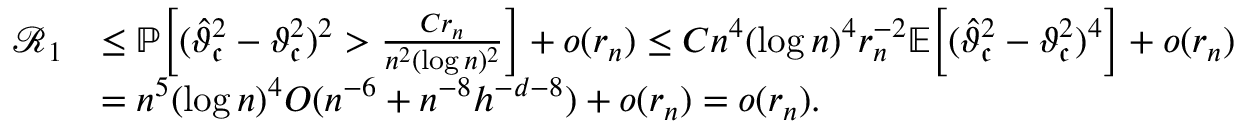
\begin{array} { r l } { \mathcal { R } _ { 1 } } & { \leq \mathbb { P } \Big [ ( \widehat { \vartheta } _ { \mathfrak { c } } ^ { 2 } - \vartheta _ { \mathfrak { c } } ^ { 2 } ) ^ { 2 } > \frac { C r _ { n } } { n ^ { 2 } ( \log n ) ^ { 2 } } \Big ] + o ( r _ { n } ) \leq C n ^ { 4 } ( \log n ) ^ { 4 } r _ { n } ^ { - 2 } \mathbb { E } \Big [ ( \widehat { \vartheta } _ { \mathfrak { c } } ^ { 2 } - \vartheta _ { \mathfrak { c } } ^ { 2 } ) ^ { 4 } \Big ] + o ( r _ { n } ) } \\ & { = n ^ { 5 } ( \log n ) ^ { 4 } O ( n ^ { - 6 } + n ^ { - 8 } h ^ { - d - 8 } ) + o ( r _ { n } ) = o ( r _ { n } ) . } \end{array}